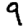
Digit: 9